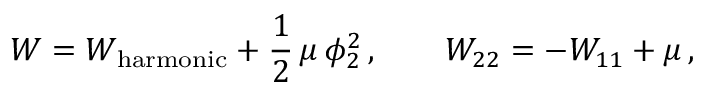
{ \cal W } = { \cal W } _ { \mathrm { h a r m o n i c } } + \frac { 1 } { 2 } \, \mu \, \phi _ { 2 } ^ { 2 } \, , \qquad { \cal W } _ { 2 2 } = - { \cal W } _ { 1 1 } + \mu \, ,